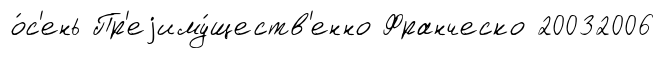
о́с'ень Пр'еjиму́ществ'енно Франческо 20032006